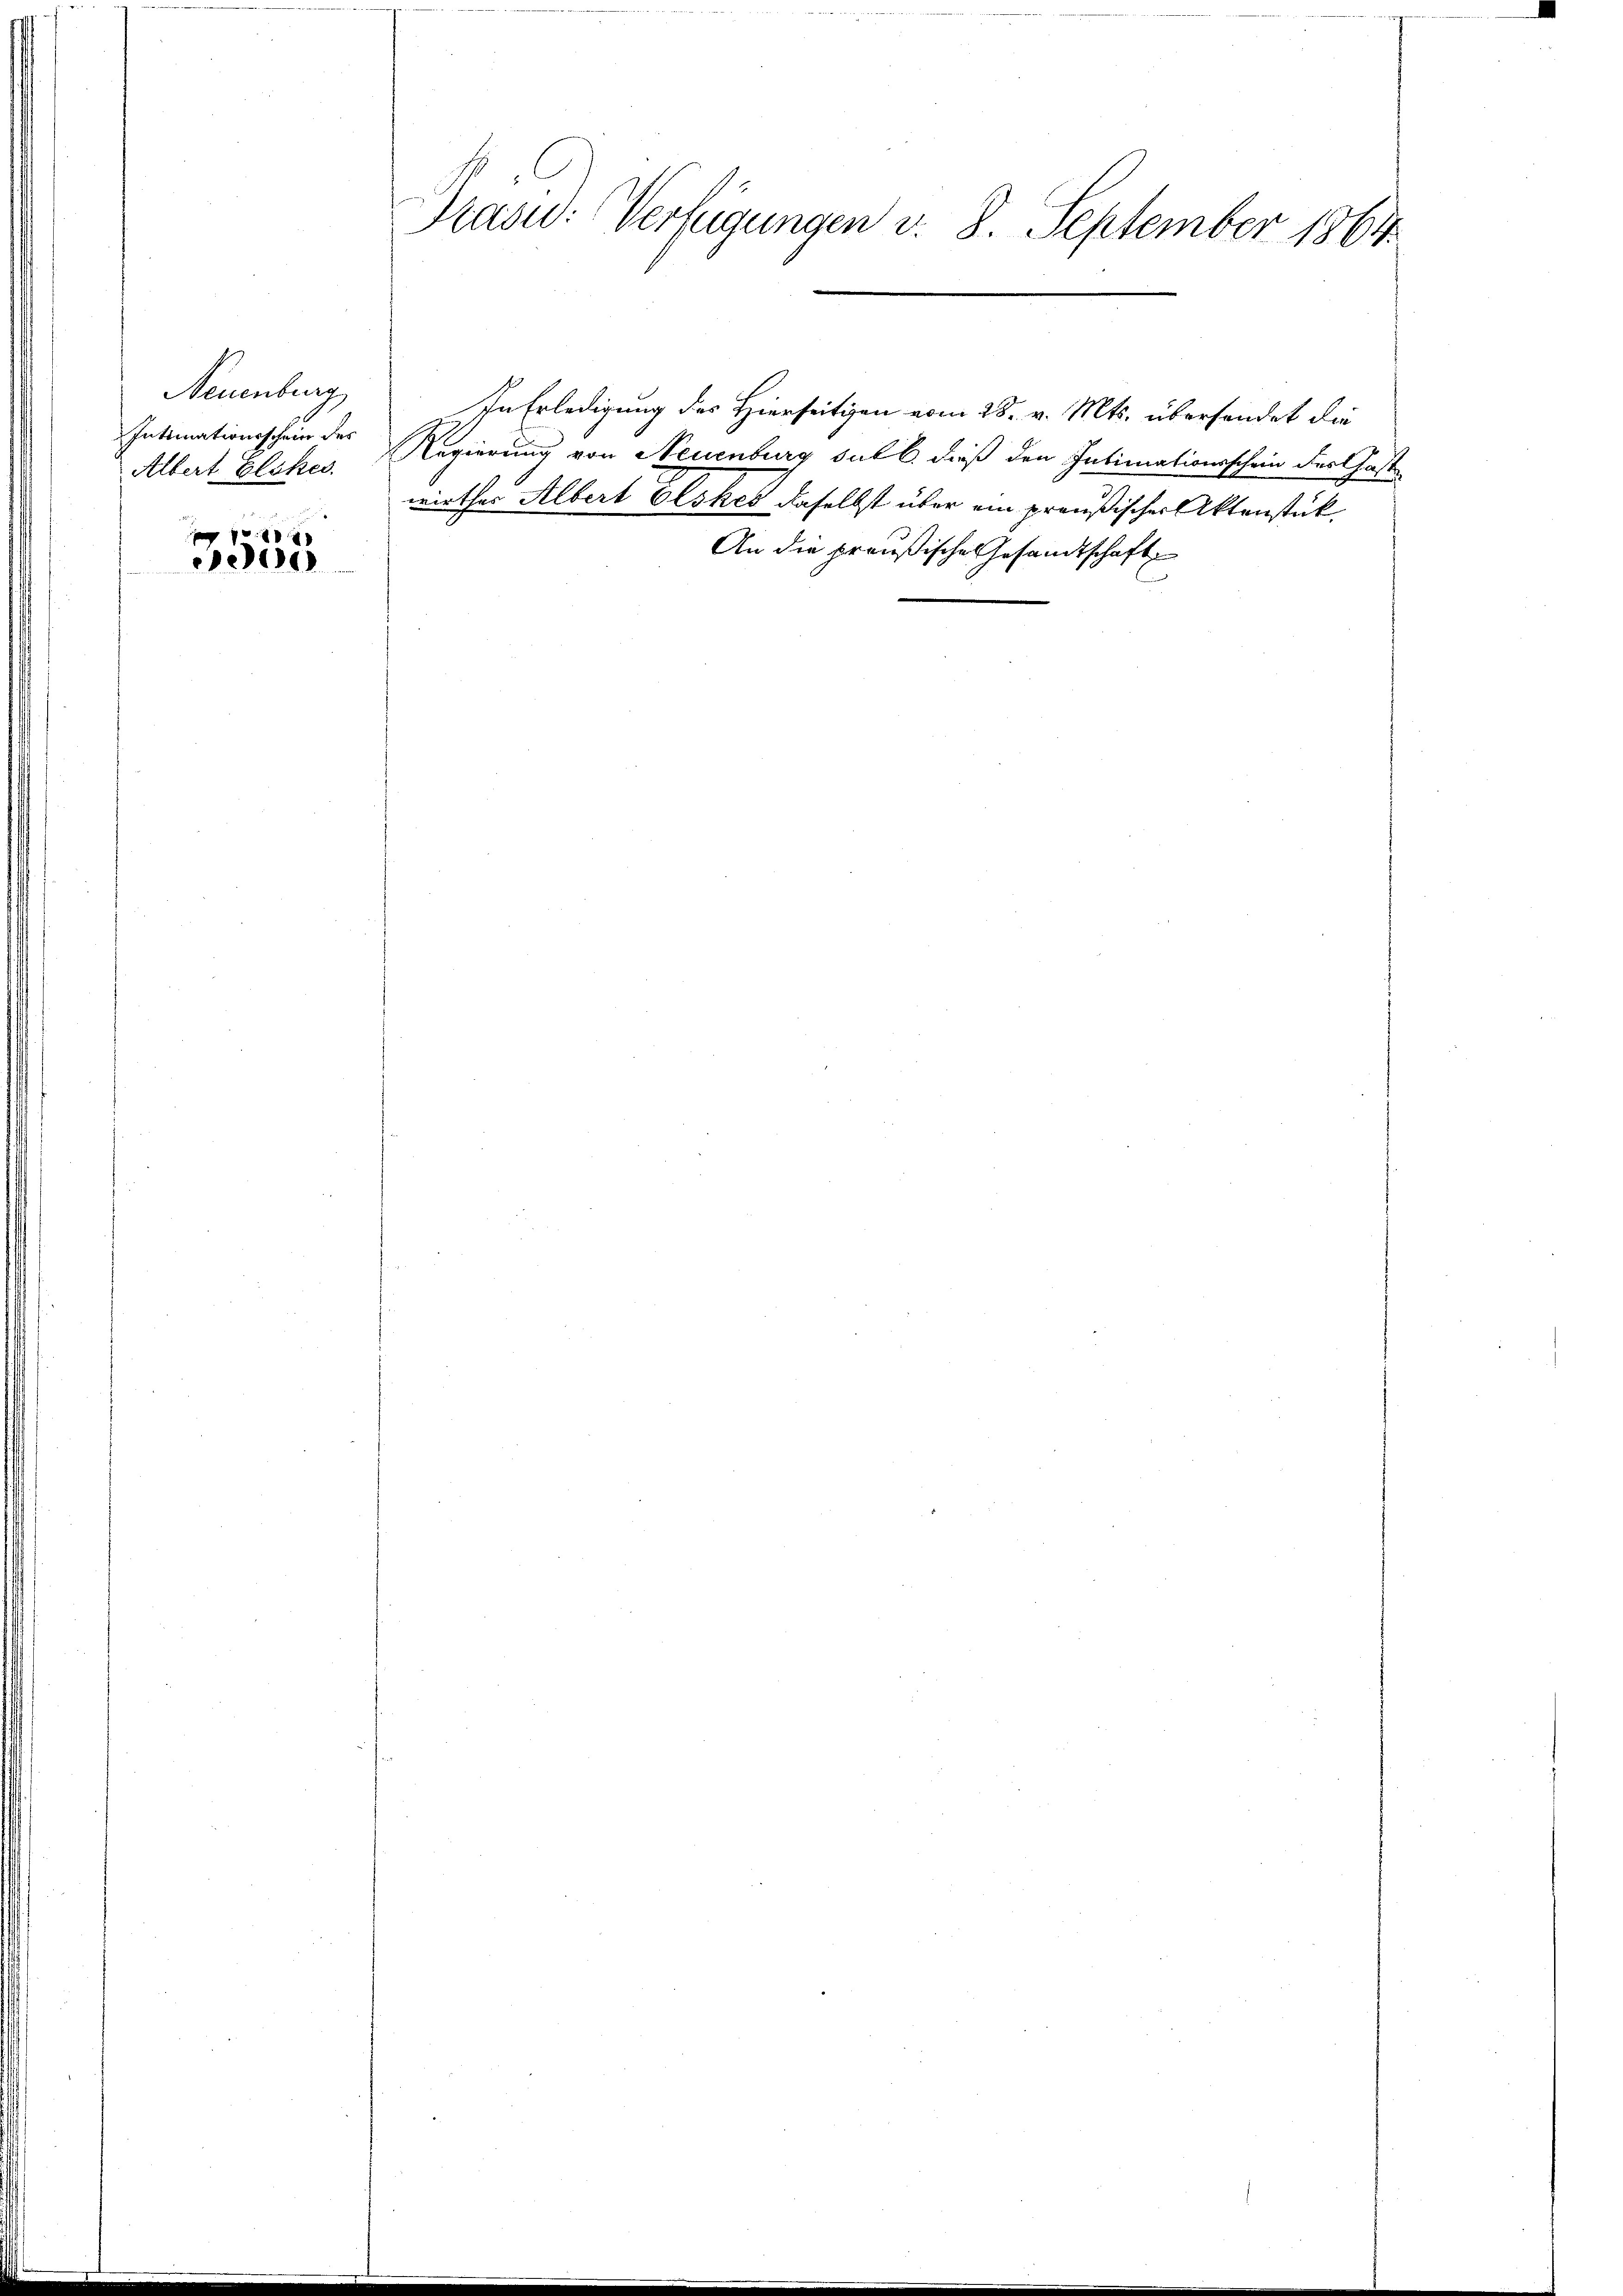
Neuenburg
Intimationsschein des
Albert Elskes.

1
00

Kas: Verfügungen v. 8. September 1864.

In Erledigung des Hierseitigen vom 28. v. Mts. übersendet die
Regierung von Neuenburg sub b. dieß den Intimationsschein des Gastwirther Albert Glokes daselbst über ein preußischer Aktenstück
An die preußische Gesandtschaft